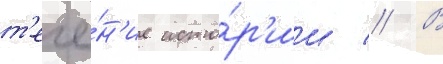
т'ече́н'ие исто́р'ии // В